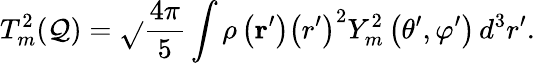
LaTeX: T_{m}^{2}(\mathcal{Q})={\sqrt{}{{\frac{{4\pi}}{{5}}}}}\int\rho\left(\mathbf{{r}}^{\prime}\right)\left(r^{\prime}\right)^{2}Y_{m}^{2}\left(\theta^{\prime},\varphi^{\prime}\right)\, d^{3}r^{\prime}.